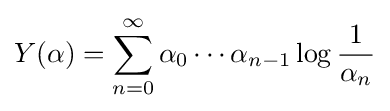
Y(\alpha )=\sum _{n=0}^{\infty }\alpha _{0}\cdots \alpha _{n-1}\log {\frac {1}{\alpha _{n}}}